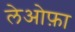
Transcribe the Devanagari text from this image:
लेओफ़ा